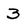
Character: 3